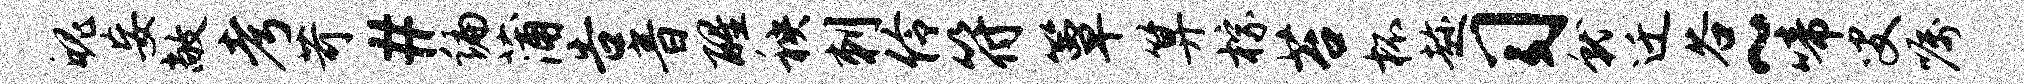
魄妄敞考苛#编蒲告音醒秧刺伶符簟算棕苔杯趁习就迁谷~啼叟嘱